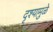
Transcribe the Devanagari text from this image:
दृश्यामुळे